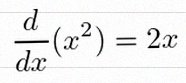
\frac{d}{dx}(x^2)=2x